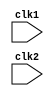
// Code your design here
//MIPS32 DESIGN amd Modifying using pipelining technique.

module pipe_MIPS32(clk1,clk2);
  
  input clk1,clk2;  //Two-phase clock
  
  reg [31:0] PC,IF_ID_IR,IF_ID_NPC;
  reg [31:0] ID_EX_IR,ID_EX_NPC,ID_EX_A,ID_EX_B,ID_EX_Imm;
  reg [2:0] ID_EX_type,EX_MEM_type,MEM_WB_type;
  reg [31:0] EX_MEM_IR,EX_MEM_ALUOut,EX_MEM_B;
  reg EX_MEM_cond;
  reg [31:0] MEM_WB_IR,MEM_WB_ALUOut,MEM_WB_LMD;
  
  reg [31:0] Reg [0:31]; //Register bank (32*32)
  reg [31:0] Mem [0:1023]; //1024*32 memory
  
  
  parameter ADD=6'b000000,SUB=6'b000001,AND=6'b000010,OR=6'b000011,SLT=6'b000100,MUL=6'b000101,HLT=6'b111111,LW=6'b001000,SW=6'b001001,ADDI=6'b001010,SUBI=6'b001011,SLTI=6'b001100,BNEQZ=6'b001101,BEQZ=6'b001110;
  
  
  parameter RR_ALU=3'b000,RM_ALU=3'b001,LOAD=3'b010,STORE=3'b011,BRANCH=3'b100,HALT=3'b101;
  
  reg HALTED; //Set after HLT instruction is copleted (in WB stage)
  reg TAKEN_BRANCH;//Required to disable instructions after branch
  
  always @(posedge clk1) //IF Stage
    if(HALTED == 0)
      begin
        if (((EX_MEM_IR[31:26]==BEQZ) && (EX_MEM_cond==1)) || ((EX_MEM_IR[31:26] ==BNEQZ) && (EX_MEM_cond==0)))
            begin
              IF_ID_IR <= #2 Mem[EX_MEM_ALUOut];
              TAKEN_BRANCH <=1'b1;
              IF_ID_NPC <= #2 EX_MEM_ALUOut+1;
              PC <= #2 EX_MEM_ALUOut+1;
            end
            else
              begin
                IF_ID_IR <= #2 Mem[PC];
                IF_ID_NPC <= #2 PC+1;
                PC <= #2 PC+1;
              end
            end
  
            always @(posedge clk2) //ID Stage
              if(HALTED == 0)
                begin
                  if (IF_ID_IR [25:21]==5'b00000) ID_EX_A<=0;
                  else ID_EX_A <= #2 Reg[IF_ID_IR[25:21]]; //"rs"
                  
                  if (IF_ID_IR [20:16]==5'b00000) ID_EX_B<=0;
                  else ID_EX_B <= #2 Reg[IF_ID_IR[20:16]]; //"rt"
                  
                  ID_EX_NPC <= #2 IF_ID_NPC;
                  ID_EX_IR <= #2 IF_ID_IR;
                  ID_EX_Imm <= #2 {{16{IF_ID_IR[15]}},{IF_ID_IR[15:0]}}; //BIT NUMBER 15 IS REPRICATED 16 times
                  
                  case (IF_ID_IR [31:26])
                    ADD,SUB,AND,OR,SLT,MUL: ID_EX_type <= #2 RR_ALU;
                    ADDI,SUBI,SLTI : ID_EX_type <= #2 RM_ALU;
                    LW : ID_EX_type <= #2 LOAD;
                    SW : ID_EX_type <= #2 STORE;
                    BNEQZ,BEQZ : ID_EX_type <= #2 BRANCH;
                    HLT : ID_EX_type <= #2 HALT;
                    default : ID_EX_type <= #2 HALT; //Invalid opcode
                  endcase
                end
            
            
            always @(posedge clk1)  //EX Stage
              if (HALTED==0)
                begin
                  EX_MEM_type <= #2 ID_EX_type;
                  EX_MEM_IR <= #2 ID_EX_IR;
                  TAKEN_BRANCH <= #2 0;
                  
                  case (ID_EX_type)
                    RR_ALU: begin
                      case (ID_EX_IR[31:26]) //"opcode"
                        ADD:  EX_MEM_ALUOut <= #2 ID_EX_A + ID_EX_B;
                        SUB:  EX_MEM_ALUOut <= #2 ID_EX_A - ID_EX_B;
                        AND:  EX_MEM_ALUOut <= #2 ID_EX_A & ID_EX_B;
                        OR :  EX_MEM_ALUOut <= #2 ID_EX_A | ID_EX_B;
                        SLT:  EX_MEM_ALUOut <= #2 ID_EX_A < ID_EX_B;
                        MUL:  EX_MEM_ALUOut <= #2 ID_EX_A * ID_EX_B;
                        default : EX_MEM_ALUOut <= #2 32'hxxxxxxxx;
                      endcase
                    end
                    
                    RM_ALU: begin
                      case (ID_EX_IR[31:26]) //"OPCODE"
                        ADDI:EX_MEM_ALUOut<= #2 ID_EX_A + ID_EX_Imm;
                        SUBI:EX_MEM_ALUOut<= #2 ID_EX_A - ID_EX_Imm;
                        SLTI:EX_MEM_ALUOut<= #2 ID_EX_A < ID_EX_Imm;
                        default : EX_MEM_ALUOut <= #2 32'hxxxxxxxx;
                      endcase
                    end
                    
                    LOAD,STORE:
                      begin
                        EX_MEM_ALUOut <= #2 ID_EX_A+ID_EX_Imm;//add the value of A and Imm to calculate the address of load or store.
                        EX_MEM_B <= #2 ID_EX_B;//This is requiring store instruction later.
                      end
                    
                    BRANCH: begin
                      EX_MEM_ALUOut <= #2 ID_EX_NPC + ID_EX_Imm; //Take the decission of Branch
                      EX_MEM_cond <= #2 (ID_EX_A == 0); //This ALUOut and cond that we are calculating is EX state,we are actually using them at IF state. 
                    end
                  endcase
                end
            always @(posedge clk2) //MEM Stage
              if(HALTED== 0)
                begin
                  MEM_WB_type <= #2 EX_MEM_type;//VALUE IS PASSES
                  MEM_WB_IR <= #2 EX_MEM_IR;
                  
                  case(EX_MEM_type)
                    RR_ALU,RM_ALU:
                      MEM_WB_ALUOut <= #2 EX_MEM_ALUOut;
                    LOAD: MEM_WB_LMD <= #2 Mem[EX_MEM_ALUOut];
                    STORE: if(TAKEN_BRANCH==0) //Disable Write
                      Mem[EX_MEM_ALUOut] <= #2 EX_MEM_B;
                  endcase
                end
            
            always @(posedge clk1) //WB Stage
              
              begin
                if(TAKEN_BRANCH==0) //Disable write if branch taken
                  
                  case (MEM_WB_type)
                    RR_ALU:Reg[MEM_WB_IR[15:11]]<=#2MEM_WB_ALUOut; //"rd"
                    RM_ALU:Reg[MEM_WB_IR[20:16]]<=#2MEM_WB_ALUOut; //"rt"
                    LOAD:Reg[MEM_WB_IR[20:16]]<=#2MEM_WB_LMD; //"rd"
                    
                    HALT: HALTED <= #2 1'b1;
                  endcase
              end
            
            endmodule